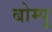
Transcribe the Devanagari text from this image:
बोम्पू